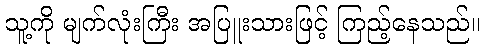
သူ့ကို မျက်လုံးကြီး အပြူးသားဖြင့် ကြည့်နေသည်။